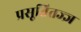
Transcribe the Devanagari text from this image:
प्रसूतितज्ज्ञ